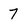
Character: 7